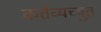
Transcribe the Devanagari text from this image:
कर्त्तव्यच्युत